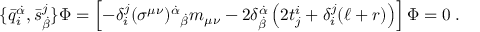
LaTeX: \{ \bar { q } _ { i } ^ { \dot { \alpha } } , \bar { s } _ { \dot { \beta } } ^ { j } \} \Phi = \left[ - \delta _ { i } ^ { j } ( \sigma ^ { \mu \nu } ) ^ { \dot { \alpha } } { } _ { \dot { \beta } } m _ { \mu \nu } - 2 \delta _ { \dot { \beta } } ^ { \dot { \alpha } } \left( 2 t _ { j } ^ { i } + \delta _ { i } ^ { j } ( \ell + r ) \right) \right] \Phi = 0 \; .